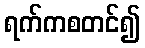
ရက်ကစတင်၍